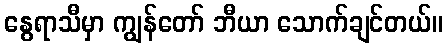
နွေရာသီမှာ ကျွန်တော် ဘီယာ သောက်ချင်တယ်။